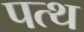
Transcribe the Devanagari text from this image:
पत्थ